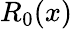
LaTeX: R_{0}(x)